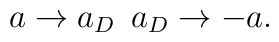
a \rightarrow a_{D} \> \> a_{D} \rightarrow -a.